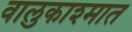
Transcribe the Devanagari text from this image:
वालुकाश्मात